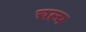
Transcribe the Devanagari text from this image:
चल्य